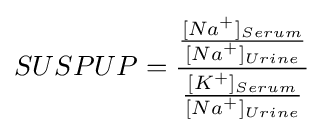
SUSPUP={\frac {\frac {{[Na}^{+}]_{Serum}}{{[Na}^{+}]_{Urine}}}{\frac {{[K}^{+}]_{Serum}}{{[Na}^{+}]_{Urine}}}}